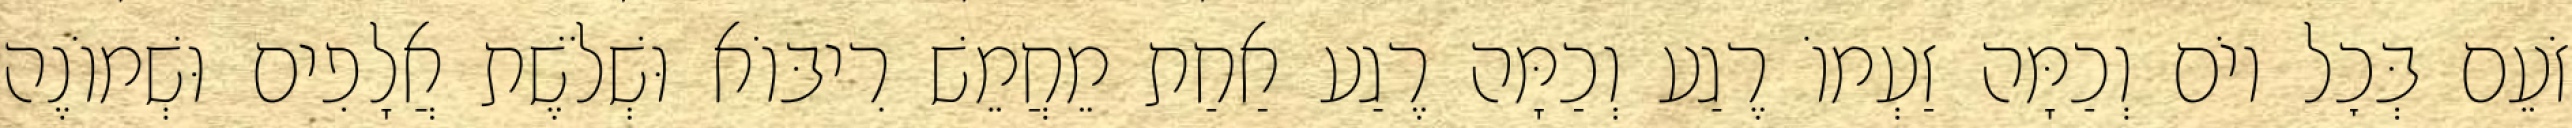
זֹעֵם בְּכׇל יוֹם וְכַמָּה זַעְמוֹ רֶגַע וְכַמָּה רֶגַע אַחַת מֵחֲמֵשׁ רִיבּוֹא וּשְׁלֹשֶׁת אֲלָפִים וּשְׁמוֹנֶה